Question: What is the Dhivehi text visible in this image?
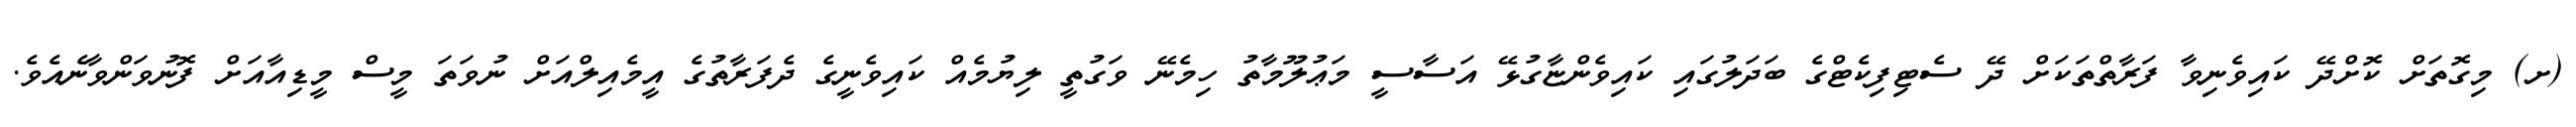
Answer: (ށ) މިގޮތަށް ކޮށްދޭ ކައިވެނިވާ ފަރާތްތަކަށް ދޭ ސެޓިފިކެޓްގެ ބަދަލުގައި ކައިވެންޏާގުޅޭ އަސާސީ މަޢުލޫމާތު ހިމެނޭ ވަގުތީ ލިޔުމެއް ކައިވެނީގެ ދެފަރާތުގެ އީމެއިލްއަށް ނުވަތަ މީސް މީޑިއާއަށް ފޮނުވަންވާނެއެވެ.